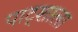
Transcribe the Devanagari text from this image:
पाट्शाला